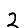
Digit: 2